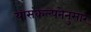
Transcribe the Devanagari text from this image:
यासंकल्पनेनुसार